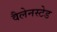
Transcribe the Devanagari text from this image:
वैलेनस्टेड